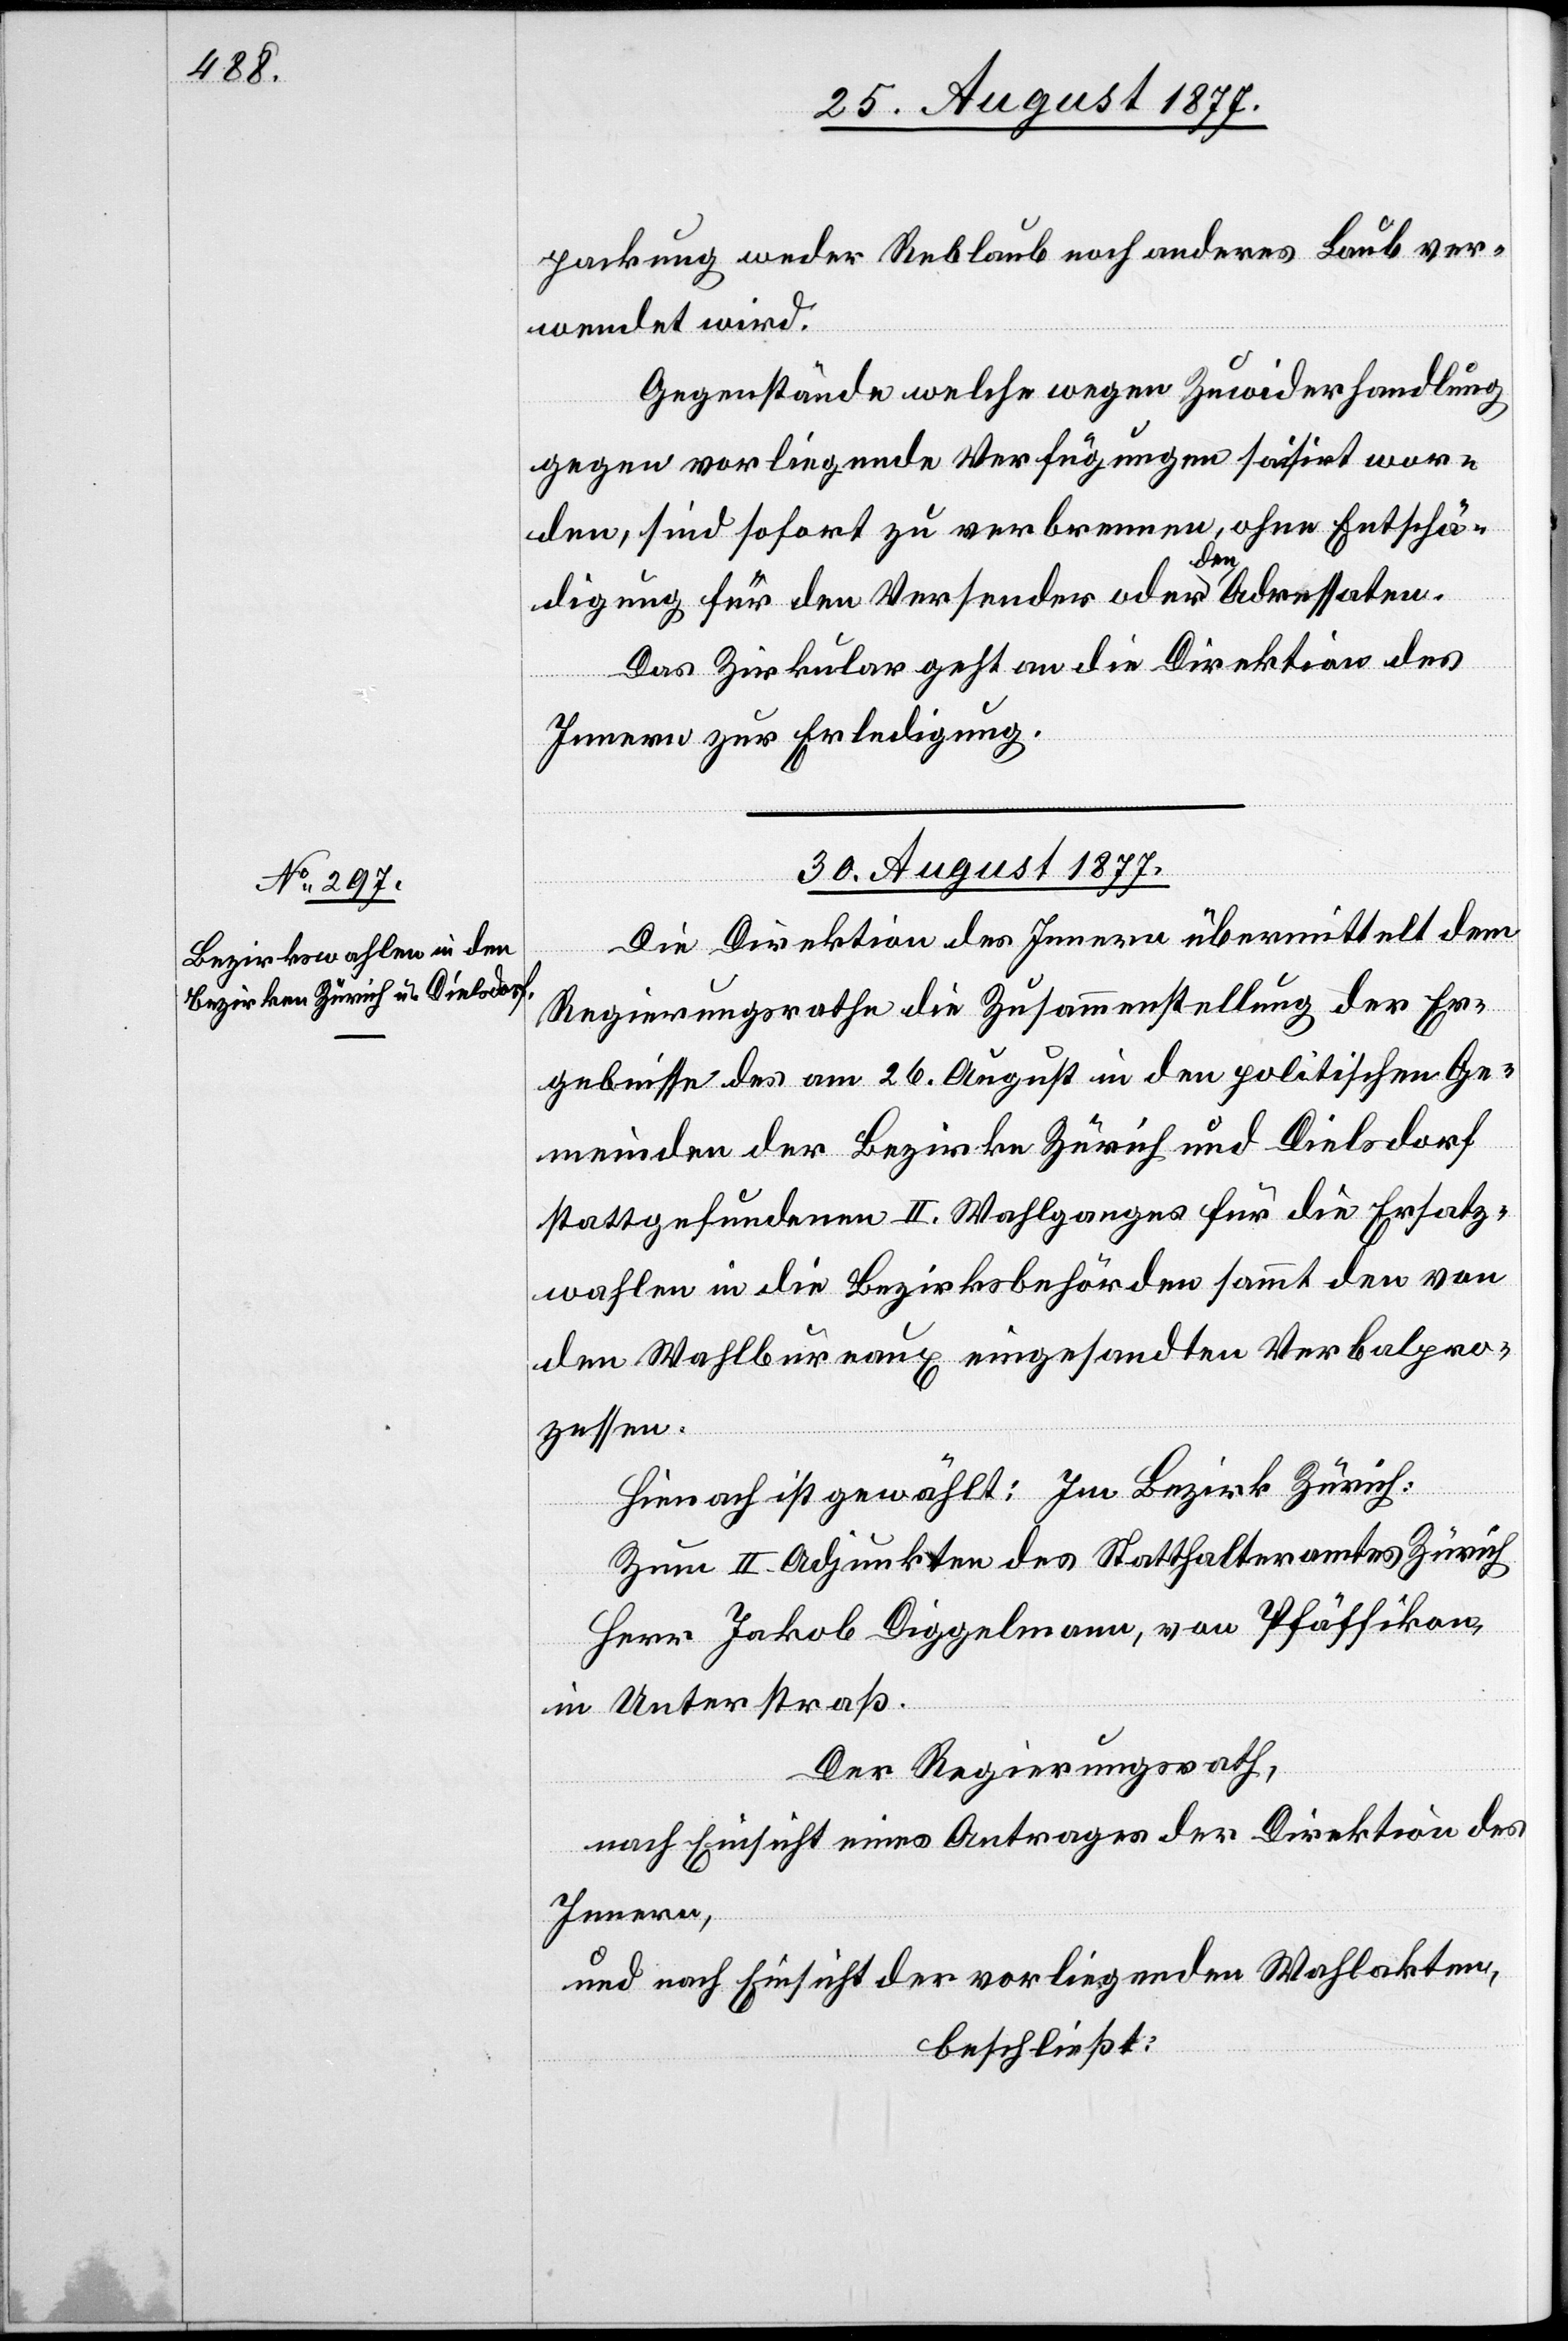
packung weder Reblaub noch anderes Laub ver¬
wendet wird.
Gegenstände welche wegen Zuwiderhandlung
gegen vorliegende Verfügungen saisirt wor¬
den, sind sofort zu verbrennen, ohne Entschä¬
digung für den Versender oder den Adressaten.
Das Zirkular geht an die Direktion des
Innern zur Erledigung.
30. August 1877.
Die Direktion des Innern übermittelt dem
Regierungsrathe die Zusammenstellung der Er¬
gebnisse des am 26. August in den politischen Ge¬
meinden der Bezirke Zürich und Dielsdorf
stattgefundenen II. Wahlganges für die Ersatz¬
wahlen in die Bezirksbehörden sammt den von
den Wahlbureaux eingesandten Verbalpro¬
zessen.
Hienach ist gewählt: Im Bezirk Zürich:
Zum II. Adjunkten des Statthalteramtes Zürich
Herr Jakob Diggelmann, von Pfäffikon,
in Unterstraß.
Der Regierungsrath,
nach Einsicht eines Antrages der Direktion des
Innern,
und nach Einsicht der vorliegenden Wahlakten,
beschließt: